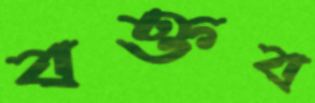
বক্তব